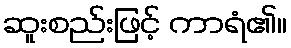
ဆူးစည်းဖြင့် ကာရံ၏။